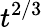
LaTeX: t^{2/3}